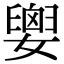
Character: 𡢗